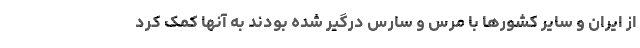
از ایران و سایر کشورها با مرس و سارس درگیر شده بودند به آنها کمک کرد